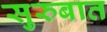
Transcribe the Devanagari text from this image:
सुरुबात